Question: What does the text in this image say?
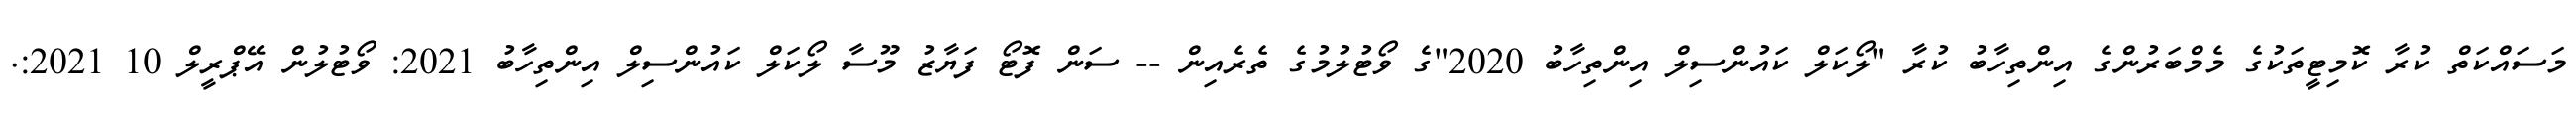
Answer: މަސައްކަތް ކުރާ ކޮމިޓީތަކުގެ މެމްބަރުންގެ އިންތިހާބު ކުރާ "ލޯކަލް ކައުންސިލް އިންތިހާބު 2020"ގެ ވޯޓުލުމުގެ ތެރެއިން -- ސަން ފޮޓޯ ފަޔާޒު މޫސާ ލޯކަލް ކައުންސިލް އިންތިހާބު 2021: ވޯޓުލުން އޭޕްރީލް 10 2021:.